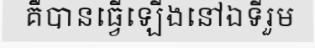
គឺបានធ្វើឡើងនៅឯទីរួម